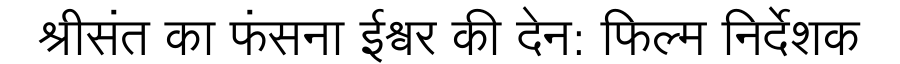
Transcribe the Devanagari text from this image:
श्रीसंत का फंसना ईश्वर की देन: फिल्म निर्देशक